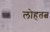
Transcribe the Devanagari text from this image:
लोहतत्व